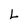
Character: L